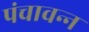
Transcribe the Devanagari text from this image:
पंचावन्‍न